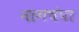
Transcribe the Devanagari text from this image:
नागचंपा